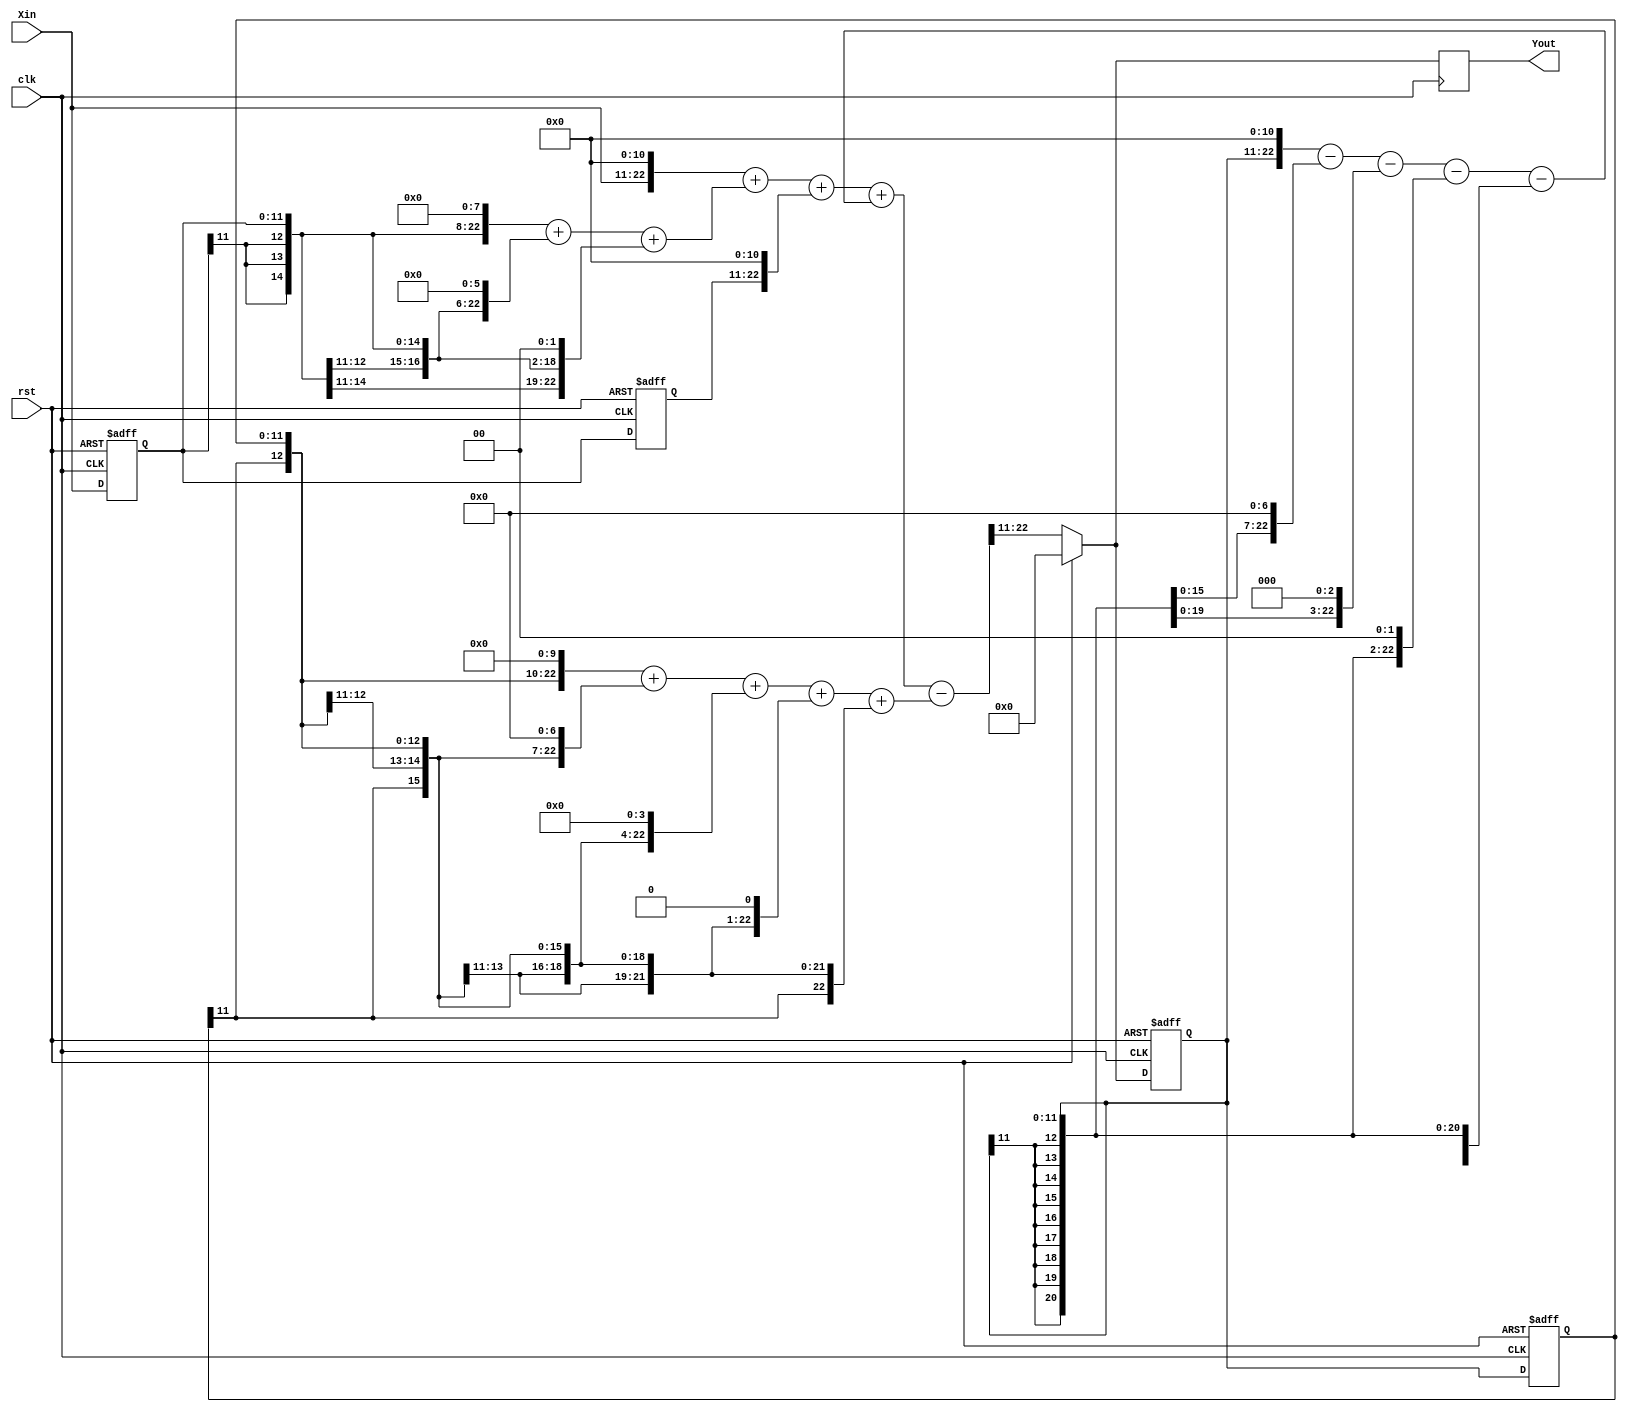
//SecondTap.v
module SecondTap (
	rst,clk,Xin,
	Yout);
	
	input		rst;   //
	input		clk;   //FPGA2kHz
	input	 signed [11:0]	Xin;  //2kHZ
	output signed [11:0]	Yout; //
	
	///////////////////////////
	//
	reg signed[11:0] Xin1,Xin2;
	always @(posedge clk or posedge rst)
		if (rst)
			//0
			begin
				Xin1 <= 12'd0;
				Xin2 <= 12'd0;
		   end	
		else
		   begin
				Xin1 <= Xin;
				Xin2 <= Xin1;
			end
			
   //
	wire signed [23:0] XMult0,XMult1,XMult2;
	assign XMult0 = {{1{Xin[11]}},Xin,11'd0};    //*2048
	assign XMult1 = {{4{Xin1[11]}},Xin1,8'd0}+{{6{Xin1[11]}},Xin1,6'd0}+{{10{Xin1[11]}},Xin1,2'd0};  //*324=256+64+4
	assign XMult2 = {{1{Xin2[11]}},Xin2,11'd0};  //*2048
 
	//
	wire signed [23:0] Xout;
	assign Xout = XMult0 + XMult1 + XMult2;
	
	
	/////////////////////////
	wire signed[11:0] Yin;
	reg signed[11:0] Yin1,Yin2;
	always @(posedge clk or posedge rst)
		if (rst)
			//0
			begin
				Yin1 <= 12'd0;
				Yin2 <= 12'd0;
			end
		else
		   begin
				Yin1 <= Yin;
				Yin2 <= Yin1;
			end
			
	//
	wire signed [23:0] YMult1,YMult2;
	wire signed [23:0] Ysum,Ydiv;
	assign YMult1 = {{1{Yin1[11]}},Yin1,11'd0}-{{5{Yin1[11]}},Yin1,7'd0}-{{9{Yin1[11]}},Yin1,3'd0}-
	                {{10{Yin1[11]}},Yin1,2'd0}-{{12{Yin1[11]}},Yin1};  //*1907=2048-128-8-4-1
	assign YMult2 = {{2{Yin2[11]}},Yin2,10'd0}+{{5{Yin2[11]}},Yin2,7'd0}+{{8{Yin2[11]}},Yin2,4'd0}+ 
	                {{11{Yin2[11]}},Yin2,1'd0}+{{12{Yin2[11]}},Yin2};  //*1171=1024+128+16+2+1

	//IIR///////////////////////////
	assign Ysum = Xout+YMult1-YMult2;	
	assign Ydiv = {{11{Ysum[23]}},Ysum[23:11]};//2048
	//9
   assign Yin = (rst ? 12'd0 : Ydiv[11:0]);
	//
	reg signed [11:0] Yout_reg ;
	always @(posedge clk)
		Yout_reg <= Yin;
	assign Yout = Yout_reg;
	
endmodule